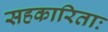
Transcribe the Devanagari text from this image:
सहकारिताः